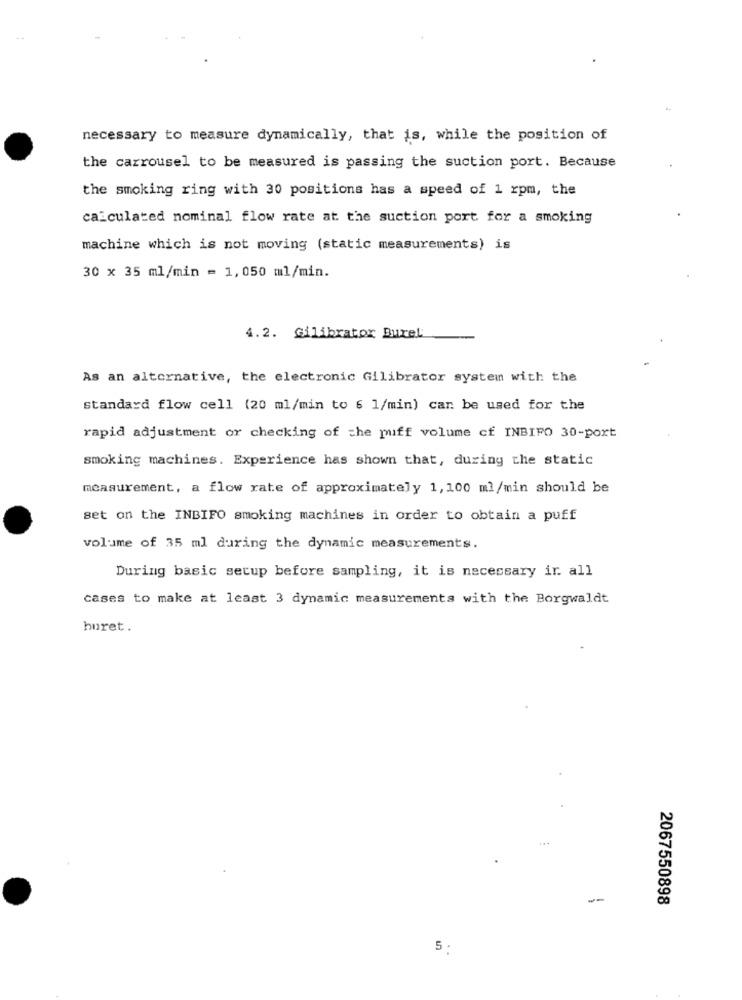
necessary to measure dynamically, that is, while the position of
the carrousel to be measured is passing the suction port. Because
the smoking ring with 30 positions has a speed of 1 rpm, the
calculated nominal flow rate at the suction port for a smoking
machine which is not moving (static measurements) is
30 x 35 ml/min = 1,050 ml/min.
4.2. Gilibrator Burel
As an alternative, the electronic Gilibrator system with the
standard flow cell (20 ml/min to 6 1/min) can be used for the
rapid adjustment or checking of the puff volume cf INBIPO 30-port
smoking machines. Experience has shown that, during the static
measurement, a flow rate of approximately 1,100 ml/min should be
set on the INBIFO smoking machines in order to obtain a puff
volume of 35 ml during the dynamic measurements.
During basic setup before sampling, it is necessary ir. all
cases to make at least 3 dynamic measurements with the Borgwaldt
huret.
2067550898
5: